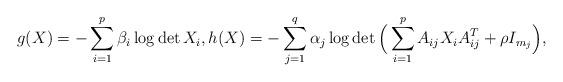
LaTeX: \begin{align*}g(X) = -\sum_{i=1}^p \beta_i \log \det X_i, h(X) = -\sum_{j=1}^q \alpha_j \log \det \Big(\sum_{i=1}^p A_{ij} X_i A_{ij}^T + \rho I_{m_j} \Big),\end{align*}